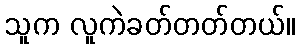
သူက လူကဲခတ်တတ်တယ်။